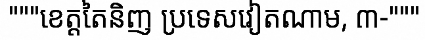
"""ខេត្តតៃនិញ ប្រទេសវៀតណាម, ៣-"""